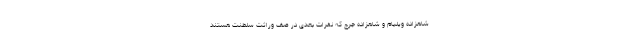
شاهزاده ویلیام و شاهزاده جرج که نفرات بعدی در صف وراثت سلطنت هستند